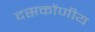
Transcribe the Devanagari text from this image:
दसकोंणीय